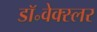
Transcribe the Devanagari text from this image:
डॉ॰वेक्स्लर